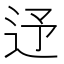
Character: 𨑦